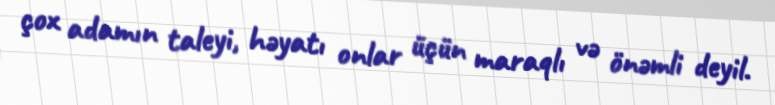
çox adamın taleyi, həyatı onlar üçün maraqlı və önəmli deyil.